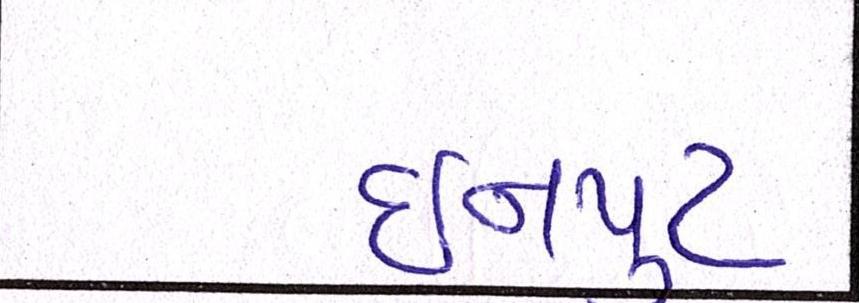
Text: ઇનપુટ